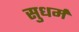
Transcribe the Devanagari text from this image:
सुधर्म